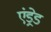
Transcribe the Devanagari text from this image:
एंड्रेड